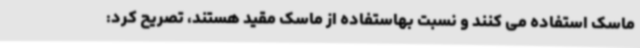
ماسک استفاده می کنند و نسبت بهاستفاده از ماسک مقید هستند، تصریح کرد: